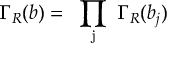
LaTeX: \Gamma _ { R } ( b ) = \mathrm { ~ \prod _ { j } ~ } \Gamma _ { R } ( b _ { j } )